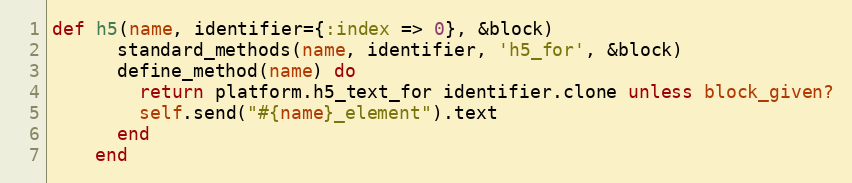
Language: Ruby
def h5(name, identifier={:index => 0}, &block)
      standard_methods(name, identifier, 'h5_for', &block)
      define_method(name) do
        return platform.h5_text_for identifier.clone unless block_given?
        self.send("#{name}_element").text
      end
    end